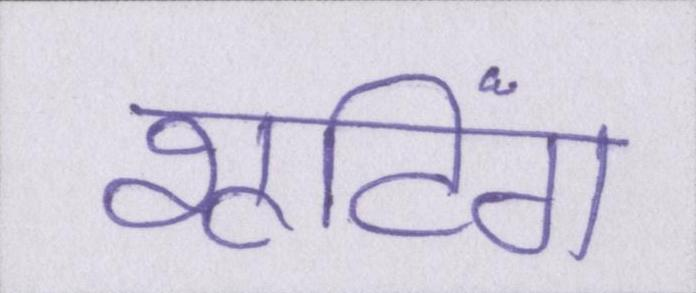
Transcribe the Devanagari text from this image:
शूटिंग